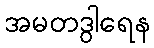
အမတဒွါရေန